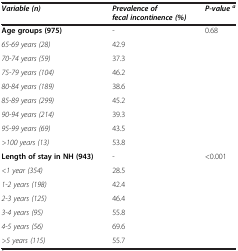
<table><thead><tr><td><b><i>Variable (n)</i></b></td><td><b><i>Prevalence of fecal incontinence (%)</i></b></td><td><b><i>P-value </i><sup><i>a</i></sup></b></td></tr></thead><tbody><tr><td><b>Age groups (975)</b></td><td>-</td><td>0.68</td></tr><tr><td><i>65-69 years (28)</i></td><td>42.9</td><td> </td></tr><tr><td><i>70-74 years (59)</i></td><td>37.3</td><td> </td></tr><tr><td><i>75-79 years (104)</i></td><td>46.2</td><td> </td></tr><tr><td><i>80-84 years (189)</i></td><td>38.6</td><td> </td></tr><tr><td><i>85-89 years (299)</i></td><td>45.2</td><td> </td></tr><tr><td><i>90-94 years (214)</i></td><td>39.3</td><td> </td></tr><tr><td><i>95-99 years (69)</i></td><td>43.5</td><td> </td></tr><tr><td><i>&gt;100 years (13)</i></td><td>53.8</td><td> </td></tr><tr><td><b>Length of stay in NH (943)</b></td><td>-</td><td>&lt;0.001</td></tr><tr><td><i>&lt;1 year (354)</i></td><td>28.5</td><td> </td></tr><tr><td><i>1-2 years (198)</i></td><td>42.4</td><td> </td></tr><tr><td><i>2-3 years (125)</i></td><td>46.4</td><td> </td></tr><tr><td><i>3-4 years (95)</i></td><td>55.8</td><td> </td></tr><tr><td><i>4-5 years (56)</i></td><td>69.6</td><td> </td></tr><tr><td><i>&gt;5 years (115)</i></td><td>55.7</td><td> </td></tr></tbody></table>